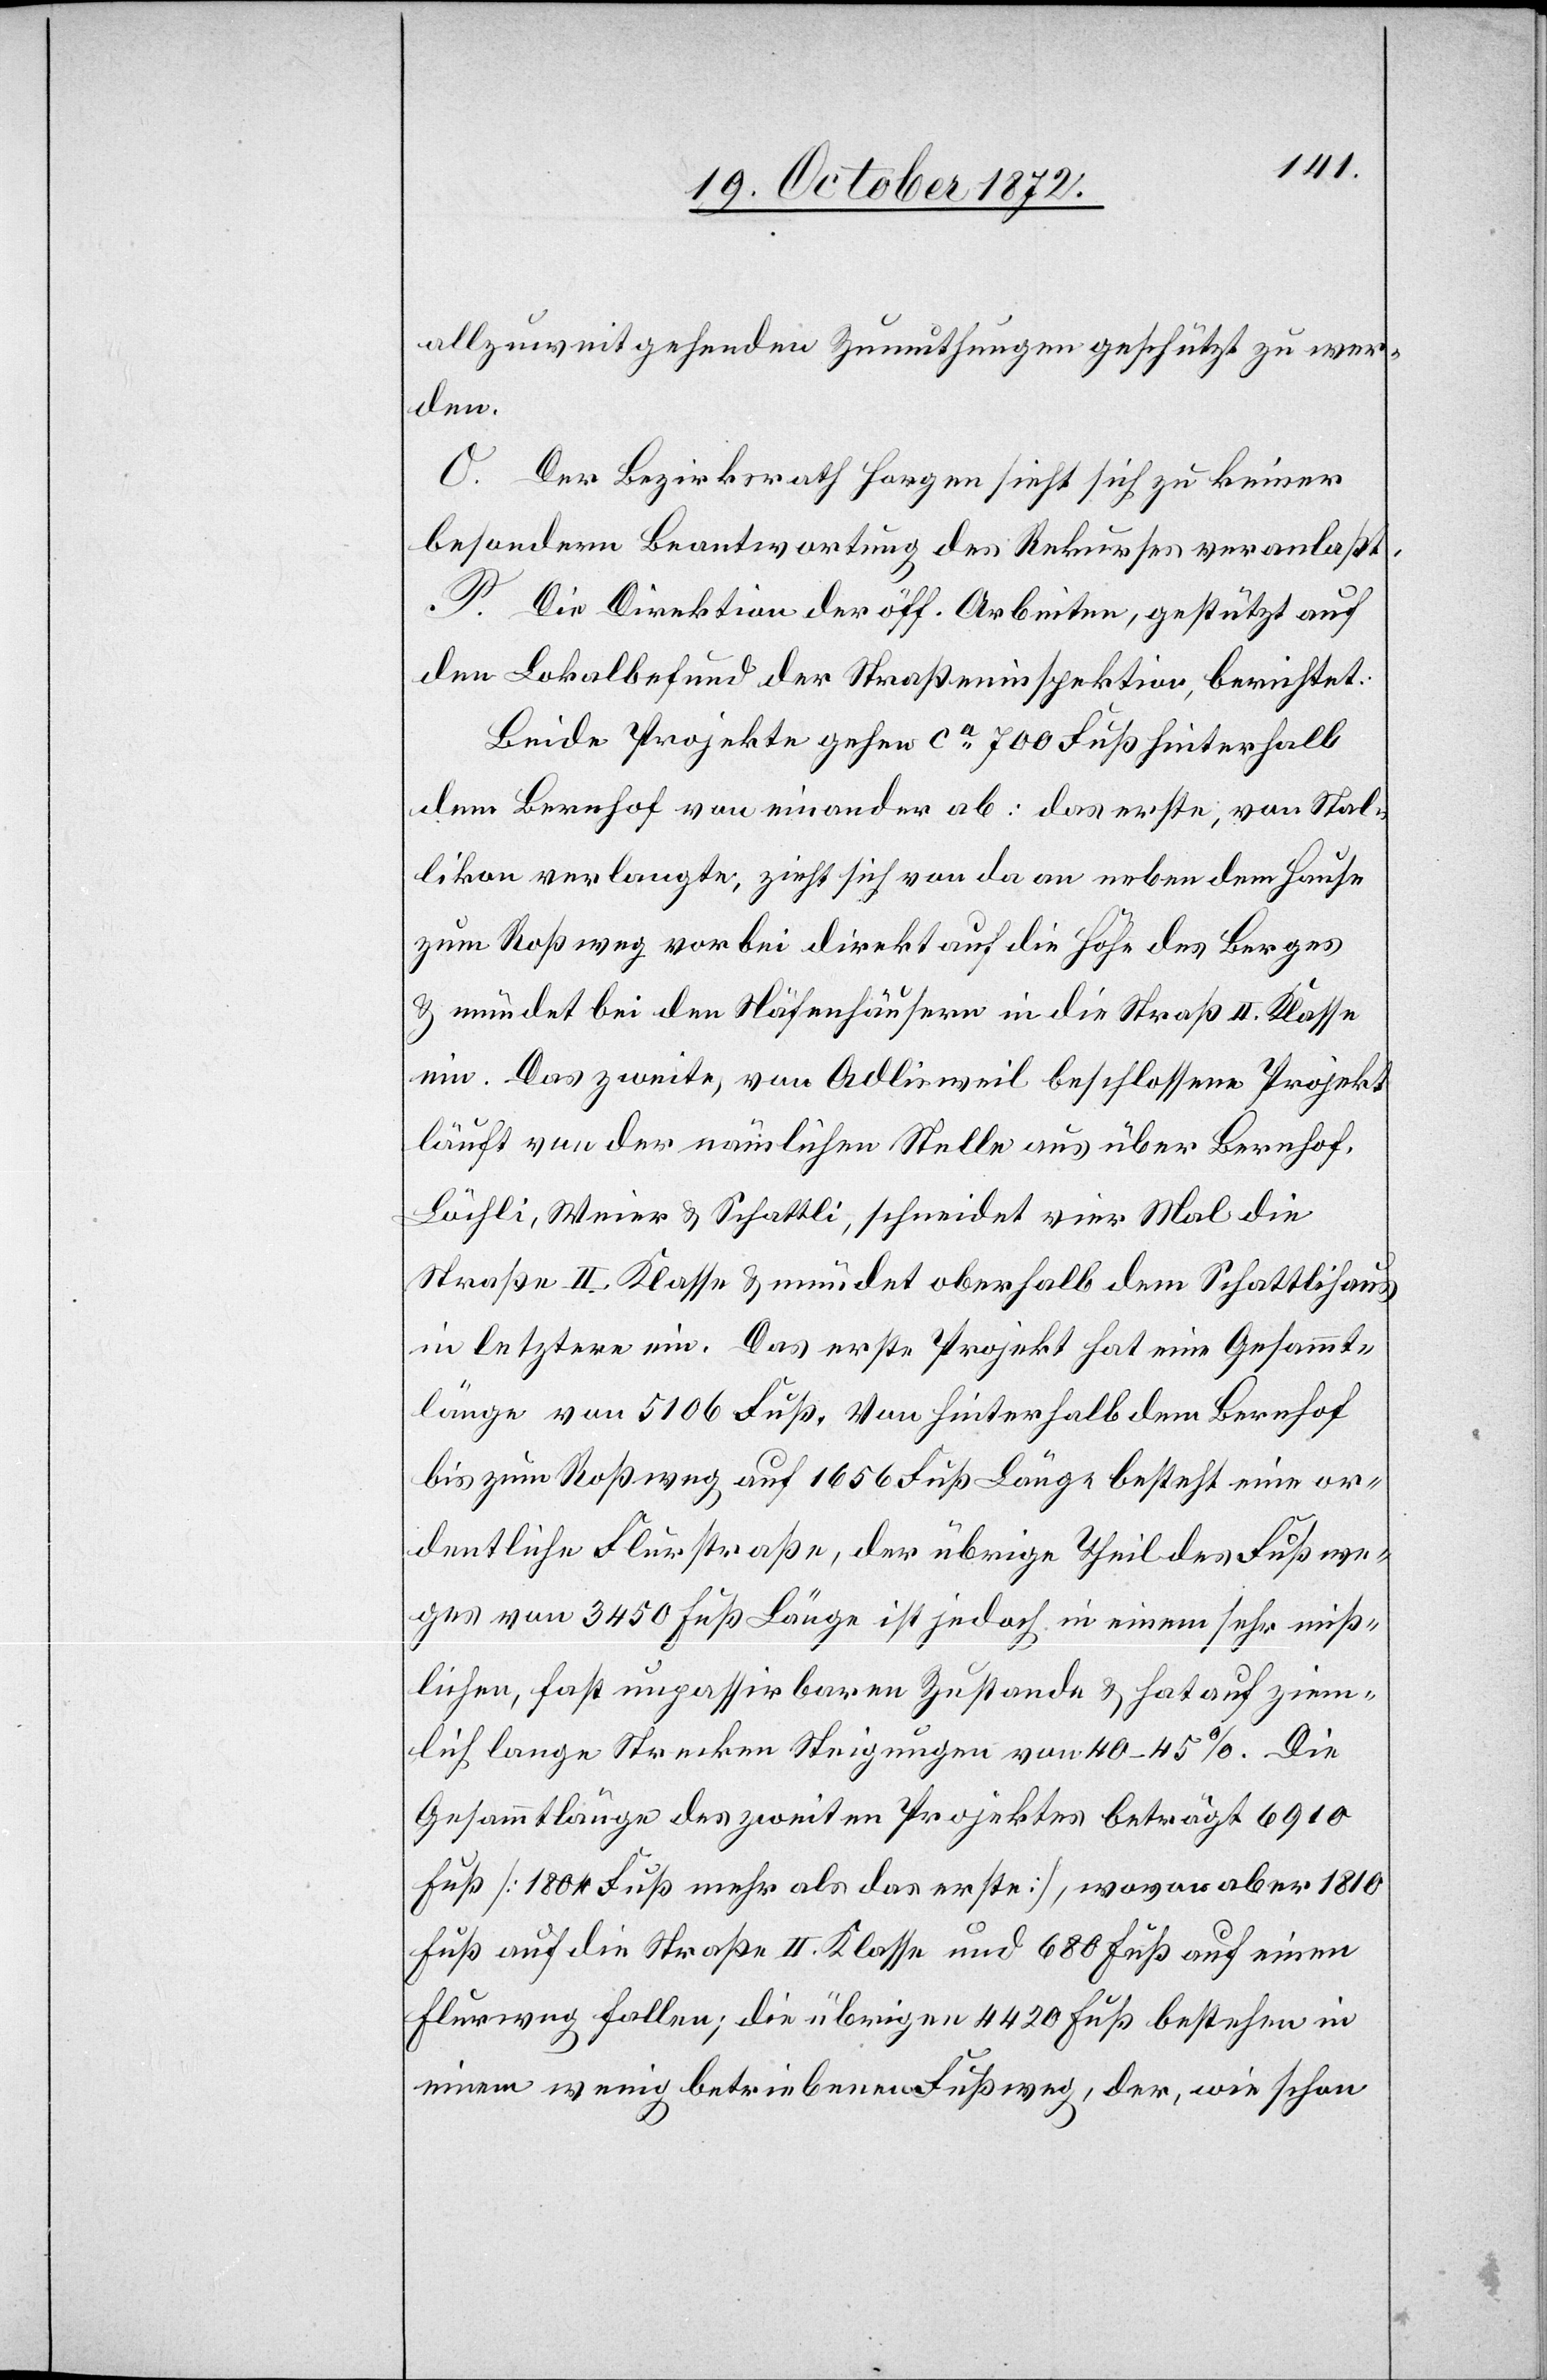
allzuweitgehenden Zumuthungen geschützt zu wer¬
den.
O. Der Bezirksrath Horgen sieht sich zu keiner
besondern Beantwortung des Rekurses veranlaßt.
P. Die Direktion der öff. Arbeiten, gestützt auf
den Lokalbefund der Straßeninspektion, berichtet:
Beide Projekte gehen ca 700 Fuß hinterhalb
dem Bernhof von einander ab: das erste, von Stal¬
likon verlangte, zieht sich von da an neben dem Hause
zum Roßweg vorbei direkt auf die Höfe des Berges
u. mündet bei den Näfenhäusern in die Straß II. Klasse
ein. Das zweite, von Adlisweil beschlossene Projekt
läuft von der nämlichen Stelle aus über Bernhof,
Löchli, Weier u. Schattli, schneidet vier Mal die
Straße II. Klasse u. mündet oberhalb dem Schattlihaus
in letztere ein. Das erste Projekt hat eine Gesammt¬
länge von 5106 Fuß. Von hinterhalb dem Bernhof
bis zum Roßweg auf 1656 Fuß Länge besteht eine or¬
dentliche Flurstraße, der übrige Theil des Fußwe¬
ges von 3450 Fuß Länge ist jedoch in einem sehr miß¬
lichen, fast unpassirbaren Zustande u. hat auf ziem¬
lich lange Strecken Neigungen von 40–45%. Die
Gesammtlänge des zweiten Projektes beträgt 6910
Fuß [1804 Fuß mehr als das erste], wovon aber 1810
Fuß auf die Straße II. Klasse und 680 Fuß auf einen
Flurweg fallen; die übrigen 4420 Fuß bestehen in
einem wenig betriebenen Fußweg, der, wie schon